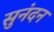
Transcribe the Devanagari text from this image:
सुनंदन